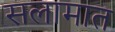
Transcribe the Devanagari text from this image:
सलामात